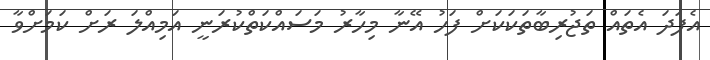
އެފަދަ އެތައް ތަޖުރިބާތަކަކަށް ފަހު އޭނާ މިހާރު މަސައްކަތްކުރަނީ އަމިއްލަ ރަށް ކަމަށްވާ